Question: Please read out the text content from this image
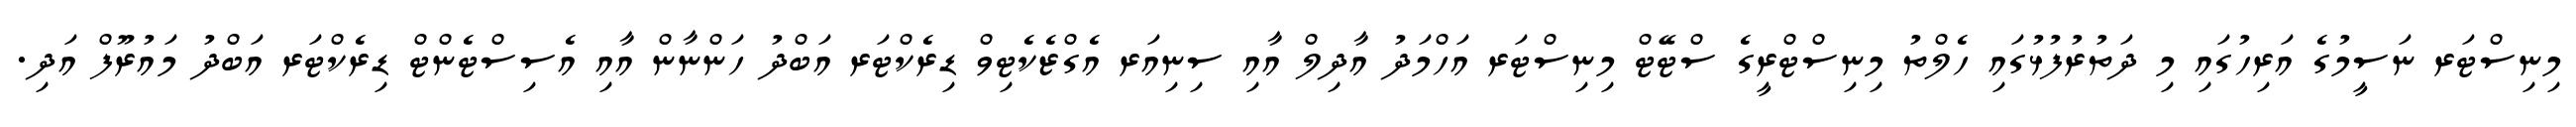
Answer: މިނިސްޓަރ ނަސީމުގެ އަރިހުގައި މި ދަތުރުފުޅުގައި ހެލްތު މިނިސްޓްރީގެ ސްޓޭޓް މިނިސްޓަރ އަހްމަދު އާދިލް އާއި ސިނިއަރ އެގްޒެކެޓިވް ޑިރެކްޓަރ އަބްދު ހަންނާން އާއި އެސިސްޓެންޓް ޑިރެކްޓަރ އަބްދު މައުރޫފް އަދި.